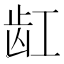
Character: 𱌩